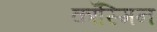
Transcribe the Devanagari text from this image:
कॉस्मिन